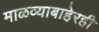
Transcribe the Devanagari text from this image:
माळव्याबाहेरही